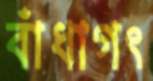
বাঁধাগৎ